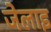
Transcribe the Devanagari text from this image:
जेलाइ